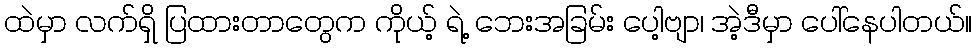
ထဲမှာ လက်ရှိ ပြထားတာတွေက ကိုယ့် ရဲ့ ဘေးအခြမ်း ပေါ့ဗျာ၊ အဲ့ဒီမှာ ပေါ်နေပါတယ်။